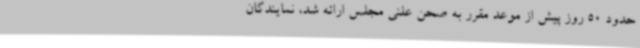
حدود 50 روز پیش از موعد مقرر به صحن علنی مجلس ارائه شد، نمایندگان